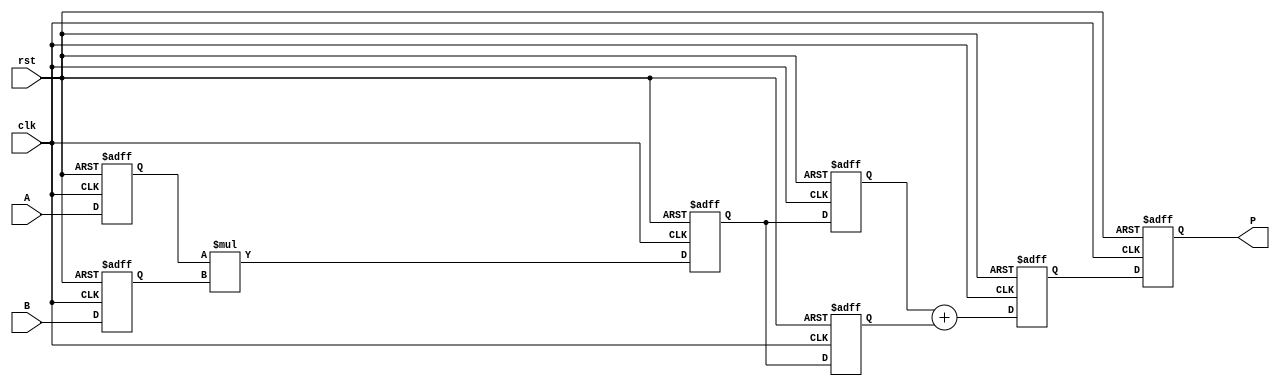
module systolic_multiplier (
    input wire clk,
    input wire rst,
    input wire [7:0] A, // Multiplicand
    input wire [7:0] B, // Multiplier
    output reg [15:0] P // Product
);

    // Define the number of rows and columns of PEs
    parameter SIZE = 2;

    // Internal signals for PEs
    reg [7:0] a[0:SIZE-1][0:SIZE-1]; // Input array
    reg [7:0] b[0:SIZE-1][0:SIZE-1]; // Input array
    reg [15:0] p[0:SIZE-1][0:SIZE-1]; // Output product array

    integer i, j;

    // PE functionality
    always @(posedge clk or posedge rst) begin
        if (rst) begin
            // Reset product and input arrays
            for (i = 0; i < SIZE; i = i + 1) begin
                for (j = 0; j < SIZE; j = j + 1) begin
                    p[i][j] <= 0;
                    a[i][j] <= 0;
                    b[i][j] <= 0;
                end
            end
            P <= 0;
        end else begin
            // Load inputs into the first row and column
            a[0][0] <= A; // Load multiplicand
            b[0][0] <= B; // Load multiplier

            // Systolic computation
            for (i = 0; i < SIZE; i = i + 1) begin
                for (j = 0; j < SIZE; j = j + 1) begin
                    if (i == 0 && j == 0) begin
                        // First PE: Multiply inputs
                        p[i][j] <= a[i][j] * b[i][j];
                    end else if (i == 0) begin
                        // Top row: Pass accumulation from the left
                        p[i][j] <= p[i][j-1];
                    end else if (j == 0) begin
                        // First column: Pass accumulation from above
                        p[i][j] <= p[i-1][j];
                    end else begin
                        // Other PEs: Multiply and accumulate
                        p[i][j] <= p[i-1][j] + p[i][j-1];
                    end
                end
            end

            // Collect final product from the last PE
            P <= p[SIZE-1][SIZE-1];
        end
    end
endmodule